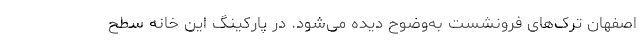
اصفهان ترک‌های فرونشست به‌وضوح دیده می‌شود. در پارکینگ این خانه سطح